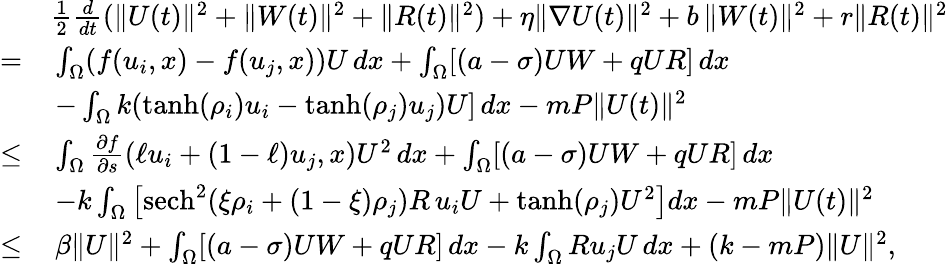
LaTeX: \begin{array}{rl}&{\frac{1}{2}\frac{d}{dt}(\| U(t)\| ^{2}+\| W(t)\| ^{2}+\| R(t)\| ^{2})+\eta\| \nabla U(t)\| ^{2}+b\, \| W(t)\| ^{2}+r\| R(t)\| ^{2}}\\ {=}&{\, \int_{\Omega}(f(u_{i},x)-f(u_{j},x))U\, dx+\int_{\Omega}[(a-\sigma)UW+qUR]\, dx}\\ &{\, -\int_{\Omega}k(\operatorname{tanh}(\rho_{i})u_{i}-\operatorname{tanh}(\rho_{j})u_{j})U]\, dx-mP\| U(t)\| ^{2}}\\ {\leq}&{\, \int_{\Omega}\frac{\partial f}{\partial s}\left(\ell u_{i}+(1-\ell)u_{j},x\right)U^{2}\, dx+\int_{\Omega}[(a-\sigma)UW+qUR]\, dx}\\ &{\, -k\int_{\Omega}\left[\mathrm{sech}^{2}(\xi\rho_{i}+(1-\xi)\rho_{j})R\, u_{i}U+\operatorname{tanh}(\rho_{j})U^{2}\right]dx-mP\| U(t)\| ^{2}}\\ {\leq}&{\, \beta\| U\| ^{2}+\int_{\Omega}[(a-\sigma)UW+qUR]\, dx-k\int_{\Omega}Ru_{j}U\, dx+(k-mP)\| U\| ^{2},}\end{array}